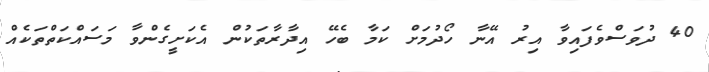
40 ދުވަސްވެފައިވާ އިރު އޭނާ ހޯދުމަށް ކަމާ ބެހޭ އިދާރާތަކުން އެކަށީގެންވާ މަސައްކަތްތަކެއް